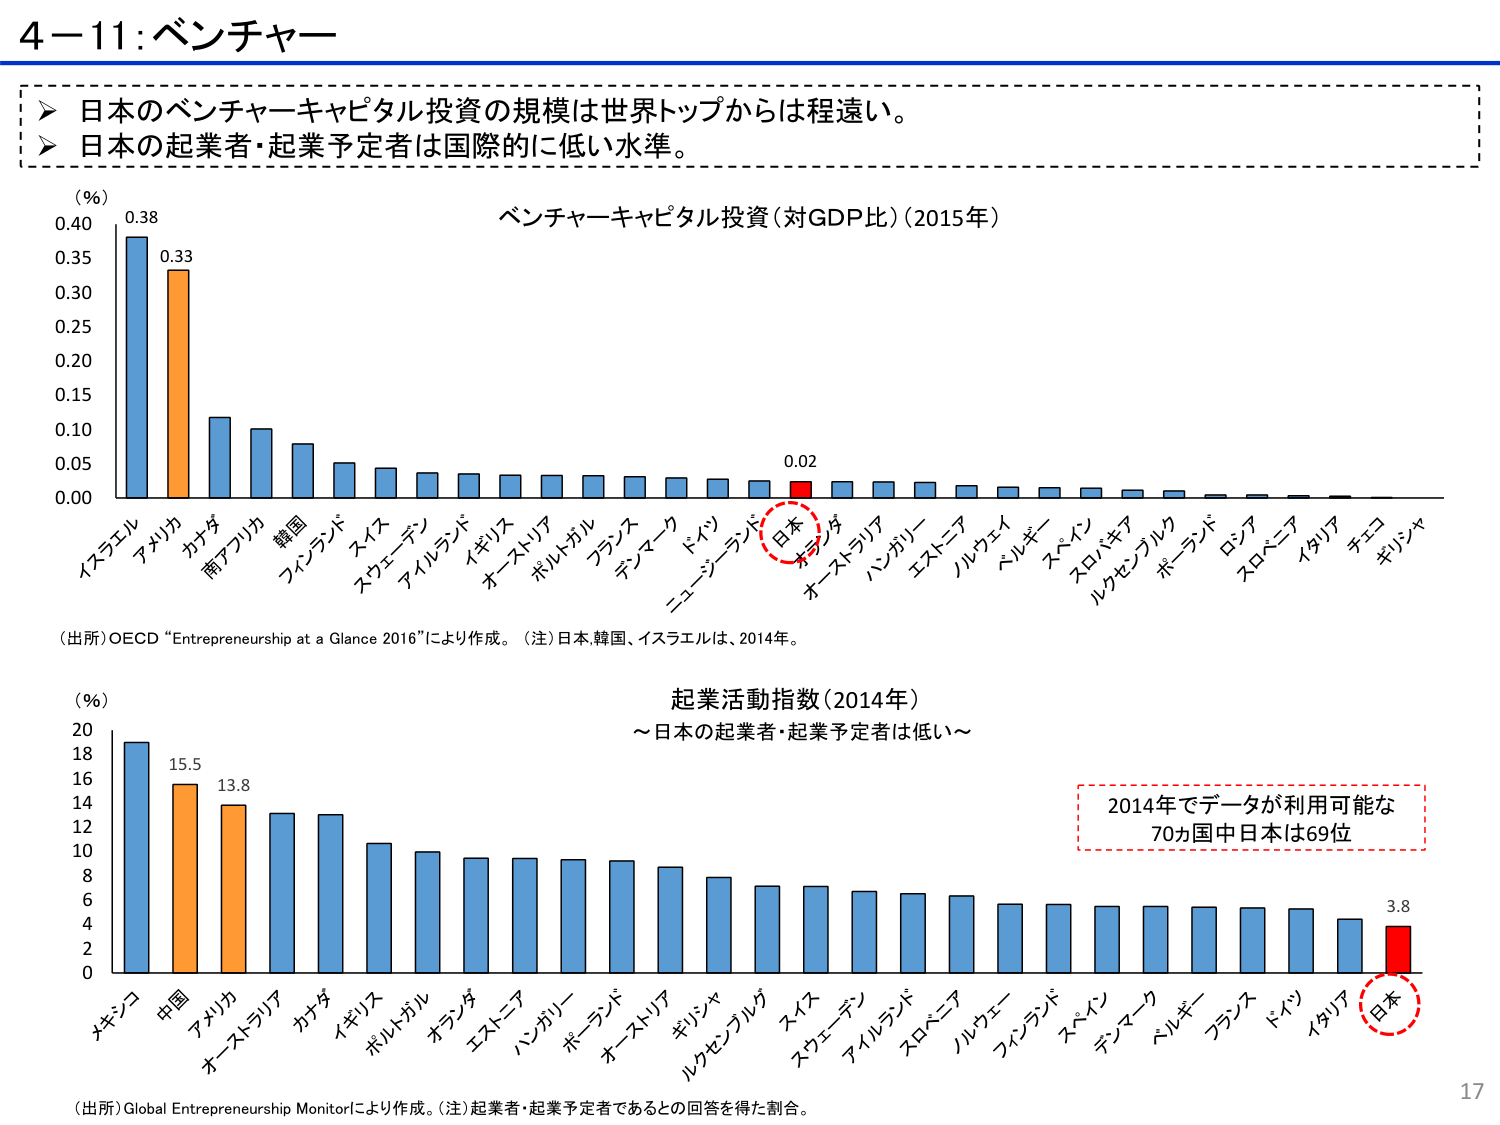
4－11：ベンチャー

➤ 日本のベンチャーキャピタル投資の規模は世界トップからは程遠い。
➤ 日本の起業者・起業予定者は国際的に低い水準。

（％）
0.40
0.38
0.35
0.33
0.30
0.25
0.20
0.15
0.10
0.05
0.02
0.00

ベンチャーキャピタル投資（対GDP比）（2015年）

イスラエル
アメリカ
カナダ
南アフリカ
韓国
フィンランド
スイス
スウェーデン
アイルランド
イギリス
オーストリア
ポルトガル
フランス
デンマーク
ドイツ
ニュージーランド
日本
台湾
オーストラリア
ハンガリー
エストニア
ノルウェー
ベルギー
スペイン
スロバキア
ルクセンブルク
ポーランド
ロシア
スロベニア
イタリア
チェコ
ギリシャ

（出所）OECD “Entrepreneurship at a Glance 2016”により作成。（注）日本、韓国、イスラエルは、2014年。

（％）
20
18
15.5
16
13.8
14
12
10
8
6
4
2
0

起業活動指数（2014年）
～日本の起業者・起業予定者は低い～

2014年でデータが利用可能な
70カ国中日本は69位

メキシコ
中国
アメリカ
オーストラリア
カナダ
イギリス
ポルトガル
オランダ
エストニア
ハンガリー
ポーランド
オーストリア
ギリシャ
ルクセンブルク
スイス
スウェーデン
アイルランド
スロベニア
ノルウェー
フィンランド
スペイン
デンマーク
ベルギー
フランス
ドイツ
イタリア
日本
3.8

（出所）Global Entrepreneurship Monitorにより作成。（注）起業者・起業予定者であるとの回答を得た割合。

17